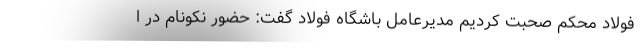
فولاد محکم صحبت کردیم مدیرعامل باشگاه فولاد گفت: حضور نکونام در ا